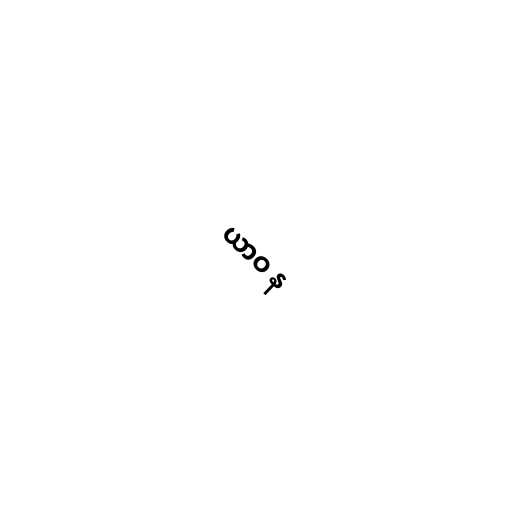
ယာဝ န